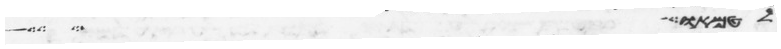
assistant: לטמאו